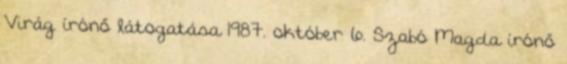
Virág írónő látogatása 1987. október 6. Szabó Magda írónő